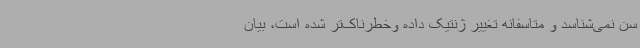
سن نمی‌شناسد و متاسفانه تغییر ژنتیک داده وخطرناک‌تر شده است، بیان